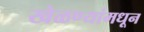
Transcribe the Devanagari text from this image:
खेळण्यांमधून